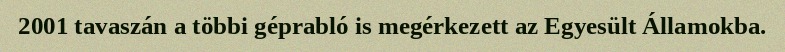
2001 tavaszán a többi géprabló is megérkezett az Egyesült Államokba.